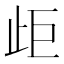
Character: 歫